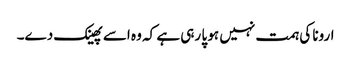
ارونا کی ہمت نہیں ہو پا رہی ہے کہ وہ اسے پھینک دے۔